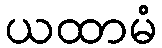
ယထာမံ